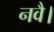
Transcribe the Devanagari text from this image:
नवै।